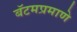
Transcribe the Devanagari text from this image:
बॅटमप्रमाणे